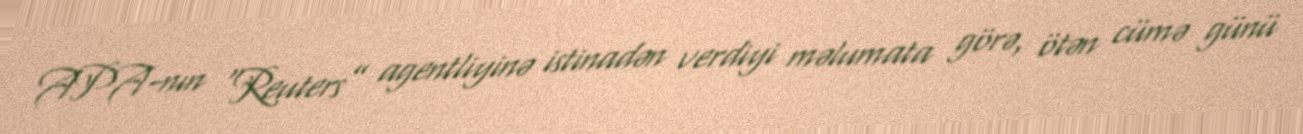
APA-nın “Reuters” agentliyinə istinadən verdiyi məlumata görə, ötən cümə günü